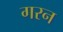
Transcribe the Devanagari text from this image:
गरन